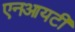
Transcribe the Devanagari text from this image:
एनआयटी